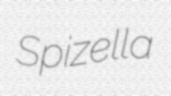
Spizella